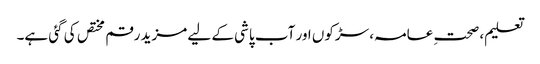
تعلیم، صحتِ عامہ، سڑکوں اور آب پاشی کے لیے مزید رقم مختص کی گئی ہے۔